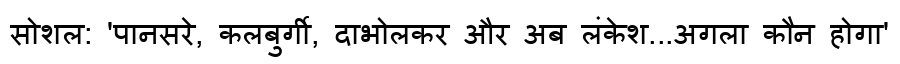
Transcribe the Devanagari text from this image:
सोशल: 'पानसरे, कलबुर्गी, दाभोलकर और अब लंकेश...अगला कौन होगा'